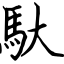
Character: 馱